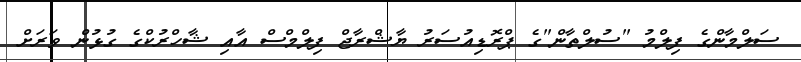
ސަލްމާންގެ ފިލްމު "ސުލްތާން"ގެ ޕްރޮޑިއުސަރު ޔާޝްރާޖް ފިލްމްސް އާއި ޝާހްރުކްގެ ގުޅުން ވަރަށް